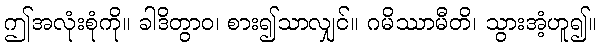
ဤအလုံးစုံကို။ ခါဒိတွာဝ၊ စား၍သာလျှင်။ ဂမိဿာမီတိ၊ သွားအံ့ဟူ၍။